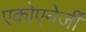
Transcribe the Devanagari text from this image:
एकोएनेर्जी